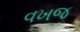
વખજ